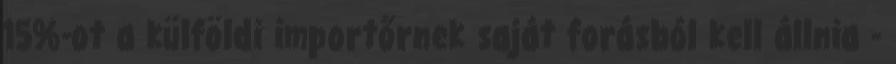
15%-ot a külföldi importőrnek saját forásból kell állnia -